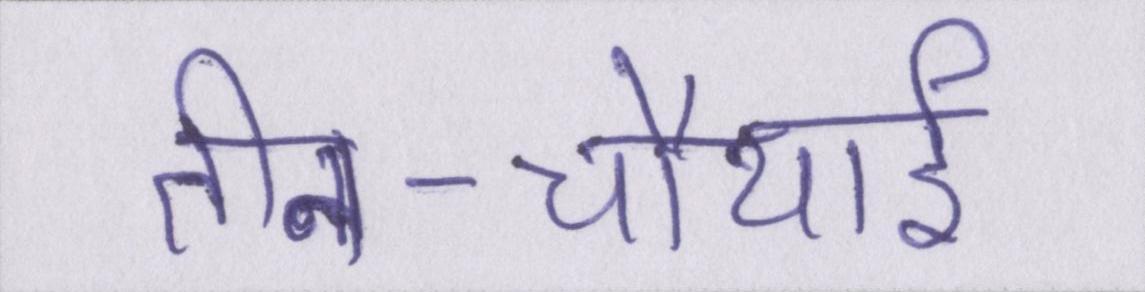
तीन-चौथाई